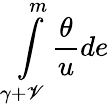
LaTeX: \int\limits_{\gamma+\mathscr{V}}^{m}\frac{{\theta}}{{u}}de